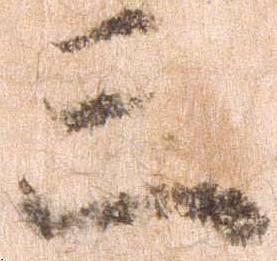
三